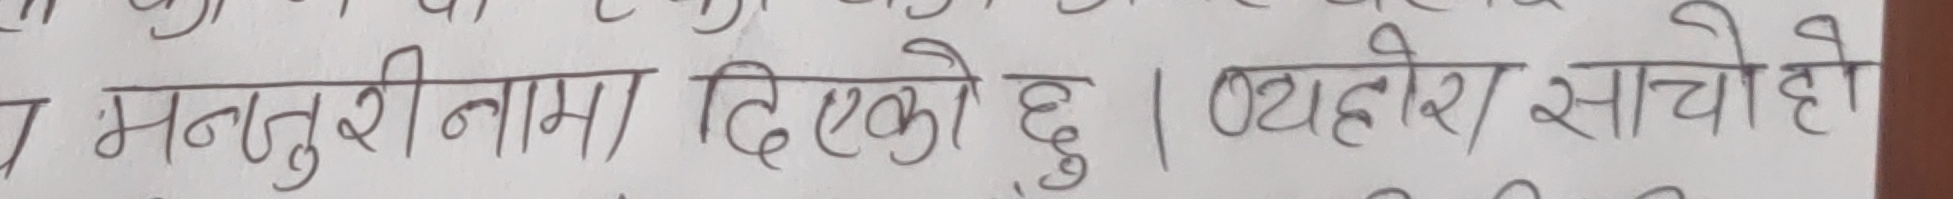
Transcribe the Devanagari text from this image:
मन्जुरीनामा दिएको छु। यथोरा साचो हो